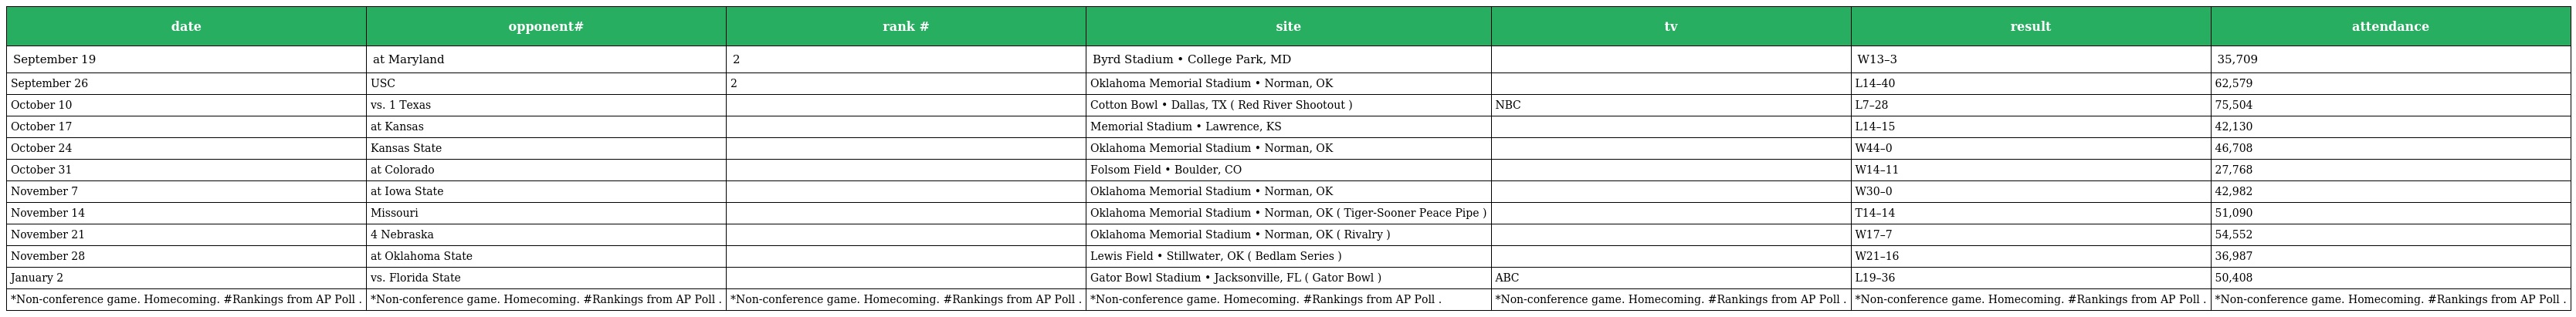
| date | opponent# | rank # | site | tv | result | attendance |
 | --- | --- | --- | --- | --- | --- | --- |
 | September 19 | at Maryland | 2 | Byrd Stadium • College Park, MD |  | W13–3 | 35,709 |
 | September 26 | USC | 2 | Oklahoma Memorial Stadium • Norman, OK |  | L14–40 | 62,579 |
 | October 10 | vs. 1 Texas |  | Cotton Bowl • Dallas, TX ( Red River Shootout ) | NBC | L7–28 | 75,504 |
 | October 17 | at Kansas |  | Memorial Stadium • Lawrence, KS |  | L14–15 | 42,130 |
 | October 24 | Kansas State |  | Oklahoma Memorial Stadium • Norman, OK |  | W44–0 | 46,708 |
 | October 31 | at Colorado |  | Folsom Field • Boulder, CO |  | W14–11 | 27,768 |
 | November 7 | at Iowa State |  | Oklahoma Memorial Stadium • Norman, OK |  | W30–0 | 42,982 |
 | November 14 | Missouri |  | Oklahoma Memorial Stadium • Norman, OK ( Tiger-Sooner Peace Pipe ) |  | T14–14 | 51,090 |
 | November 21 | 4 Nebraska |  | Oklahoma Memorial Stadium • Norman, OK ( Rivalry ) |  | W17–7 | 54,552 |
 | November 28 | at Oklahoma State |  | Lewis Field • Stillwater, OK ( Bedlam Series ) |  | W21–16 | 36,987 |
 | January 2 | vs. Florida State |  | Gator Bowl Stadium • Jacksonville, FL ( Gator Bowl ) | ABC | L19–36 | 50,408 |
 | *Non-conference game. Homecoming. #Rankings from AP Poll . | *Non-conference game. Homecoming. #Rankings from AP Poll . | *Non-conference game. Homecoming. #Rankings from AP Poll . | *Non-conference game. Homecoming. #Rankings from AP Poll . | *Non-conference game. Homecoming. #Rankings from AP Poll . | *Non-conference game. Homecoming. #Rankings from AP Poll . | *Non-conference game. Homecoming. #Rankings from AP Poll . |